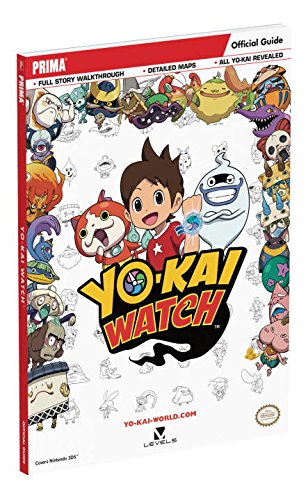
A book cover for Yo-Kai Watch Standard Edition Guide; Rick Barba; Computers & Technology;